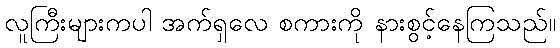
လူကြီးများကပါ အက်ရှလေ စကားကို နားစွင့်နေကြသည်။